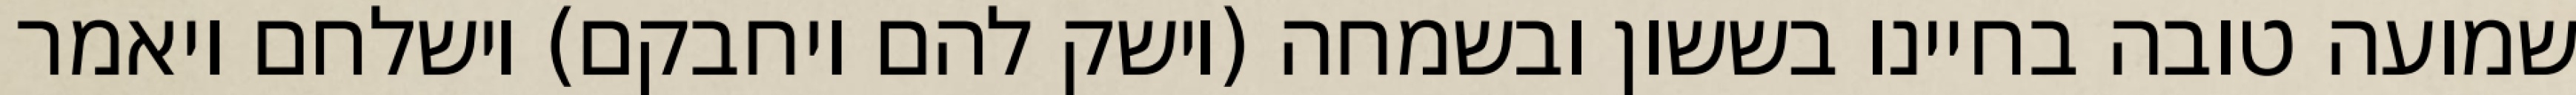
שמועה טובה בחיינו בששון ובשמחה (וישק להם ויחבקם) וישלחם ויאמר